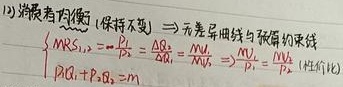
(2)消费者均衡（保持不变）$\Rightarrow$无差异曲线与预算约束线

\[
\begin{cases}
MRS_{1,2}=-\frac{dx_2}{dx_1}=\frac{\Delta x_2}{\Delta x_1}=\frac{MU_1}{MU_2}=\frac{P_1}{P_2}\\
P_1Q_1 + P_2Q_2 = m
\end{cases}
\text{ (恒等式)}
\]